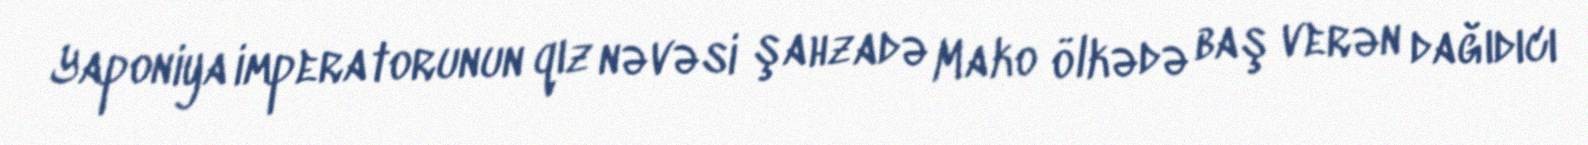
Yaponiya imperatorunun qız nəvəsi şahzadə Mako ölkədə baş verən dağıdıcı